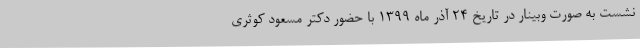
نشست به صورت وبینار در تاریخ 24 آذر ماه 1399 با حضور دکتر مسعود کوثری